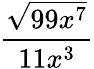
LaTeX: \frac{\sqrt{99x^{7}}}{11x^{3}}